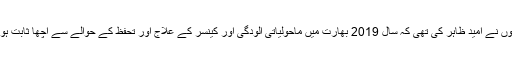
انہوں نے امید ظاہر کی تھی کہ سال 2019 بھارت میں ماحولیاتی آلودگی اور کینسر کے علاج اور تحفظ کے حوالے سے اچھا ثابت ہوگا۔